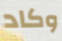
وكاد